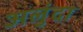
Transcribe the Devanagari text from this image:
अलुंदा